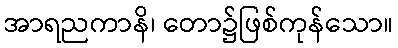
အာရညကာနိ၊ တော၌ဖြစ်ကုန်သော။